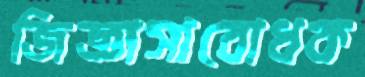
জিজ্ঞাসাবোধক